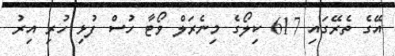
އޭގެ ތެރޭގައި 617 ކިލޯގެ މިނެރަލް ވޯޓާ ހުސް ފުޅި ހުރި އިރު